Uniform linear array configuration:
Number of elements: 16
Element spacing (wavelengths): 0.25
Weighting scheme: hamming
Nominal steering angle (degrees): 15
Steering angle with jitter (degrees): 14.121
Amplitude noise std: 0.05
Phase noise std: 0.05

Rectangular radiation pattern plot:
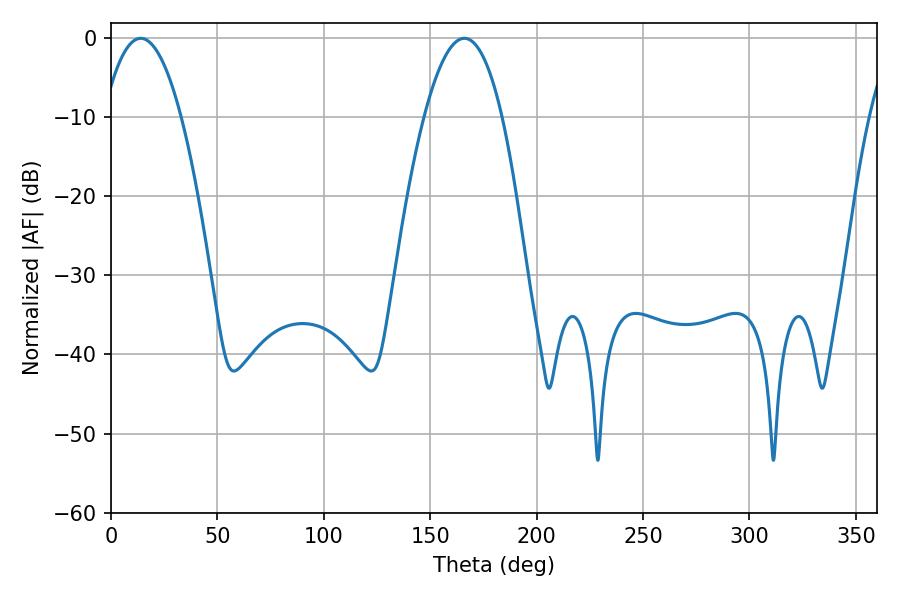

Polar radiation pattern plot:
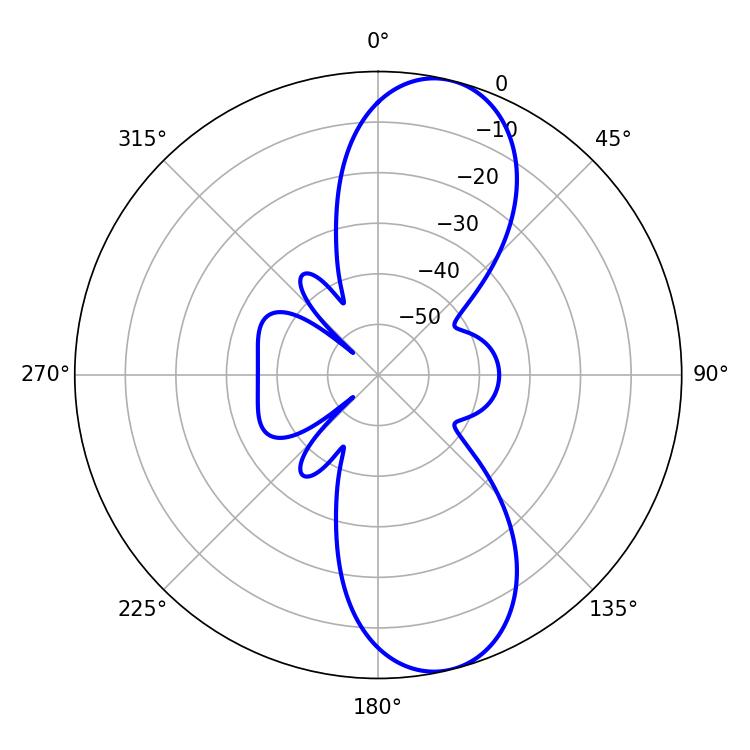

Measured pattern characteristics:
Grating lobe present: FALSE
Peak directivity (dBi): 10.345
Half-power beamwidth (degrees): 20.16
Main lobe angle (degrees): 14.04